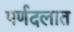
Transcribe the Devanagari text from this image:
पर्णदलात